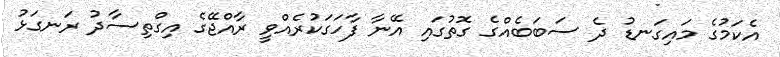
އެކަމުގެ މައިގަނޑު ދެ ސަބަބެއްގެ ގޮތުގައި އޭނާ ފާހަގަކުރެއްވީ ރާއްޖޭގެ އިގްތިސާދު ރަނގަޅު